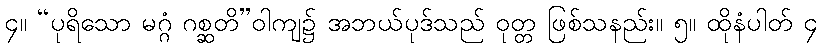
၄။ “ပုရိသော မဂ္ဂံ ဂစ္ဆတိ”ဝါကျ၌ အဘယ်ပုဒ်သည် ဝုတ္တ ဖြစ်သနည်း။ ၅။ ထိုနံပါတ် ၄